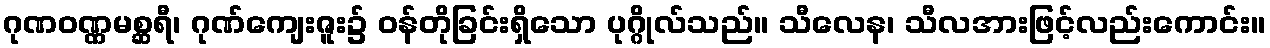
ဂုဏဝဏ္ဏမစ္ဆရီ၊ ဂုဏ်ကျေးဇူး၌ ဝန်တိုခြင်းရှိသော ပုဂ္ဂိုလ်သည်။ သီလေန၊ သီလအားဖြင့်လည်းကောင်း။